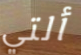
ألتي